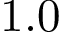
1 . 0